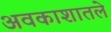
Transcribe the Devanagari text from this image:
अवकाशातले